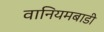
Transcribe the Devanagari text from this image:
वानियमबाडी